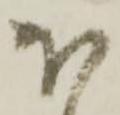
ほ